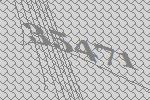
35471